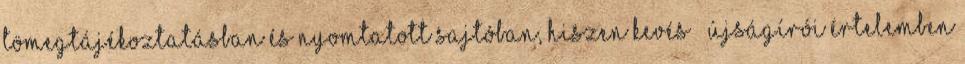
tömegtájékoztatásban és nyomtatott sajtóban, hiszen kevés – újságírói értelemben